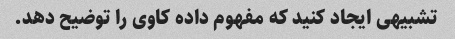
تشبیهی ایجاد کنید که مفهوم داده کاوی را توضیح دهد.